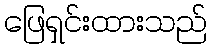
ဖြေရှင်းထားသည်